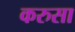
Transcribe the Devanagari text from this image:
करुसा